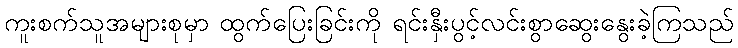
ကူးစက်သူအများစုမှာ ထွက်ပြေးခြင်းကို ရင်းနှီးပွင့်လင်းစွာဆွေးနွေးခဲ့ကြသည်